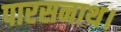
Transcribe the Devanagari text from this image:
पारसनाथ।